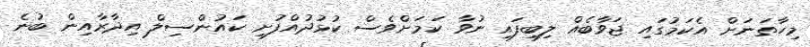
މިހާތަނަށް އެކަމުގައި ޖަވާބެއް ލިބިފައި ނުވާ ކަމަށްވެސް ކުޅުދުއްފުށި ކައުންސިލް އިދާރާއިން ބުނެ